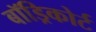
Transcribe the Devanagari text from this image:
बॉड्रिकोर्ट